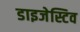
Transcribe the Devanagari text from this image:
डाइजेस्टिव